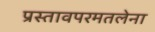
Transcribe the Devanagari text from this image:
प्रस्तावपरमतलेना